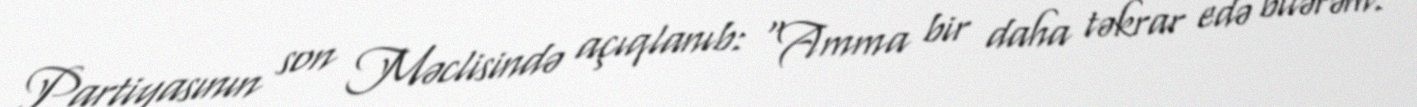
Partiyasının son Məclisində açıqlanıb: “Amma bir daha təkrar edə bilərəm.